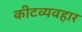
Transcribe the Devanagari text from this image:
कीटव्यवहार